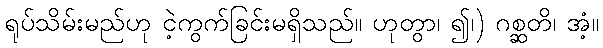
ရုပ်သိမ်းမည်ဟု ငဲ့ကွက်ခြင်းမရှိသည်။ ဟုတွာ၊ ၍၊) ဂစ္ဆတိ၊ အံ့။